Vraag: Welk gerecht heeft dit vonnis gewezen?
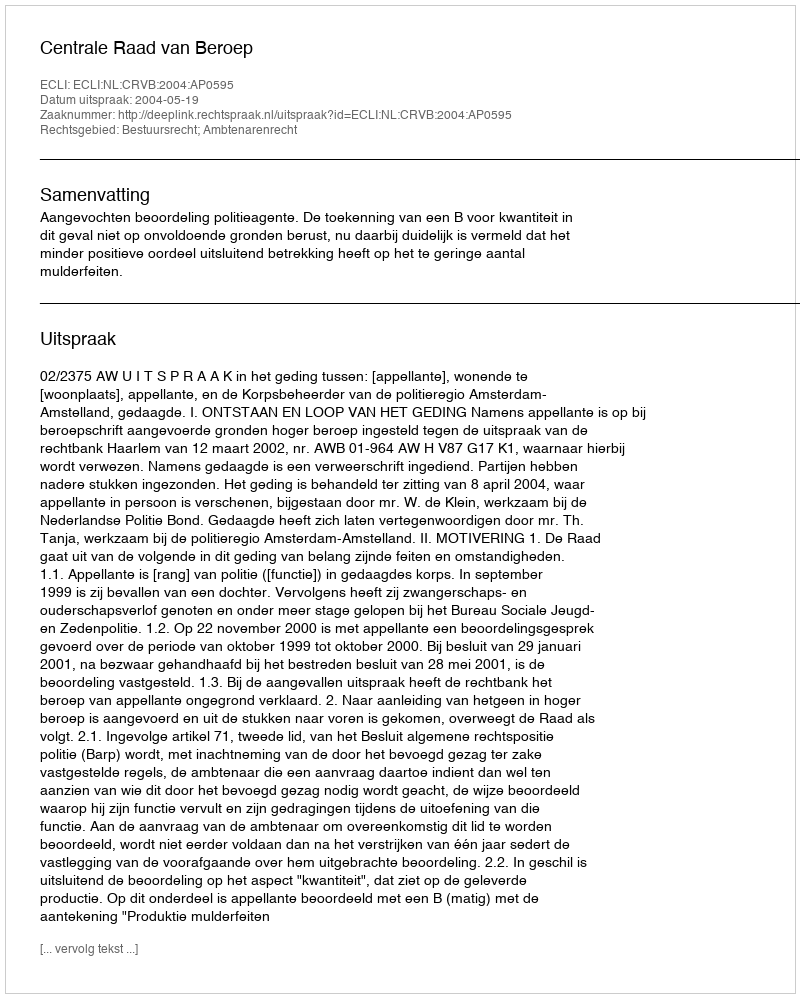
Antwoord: Centrale Raad van Beroep